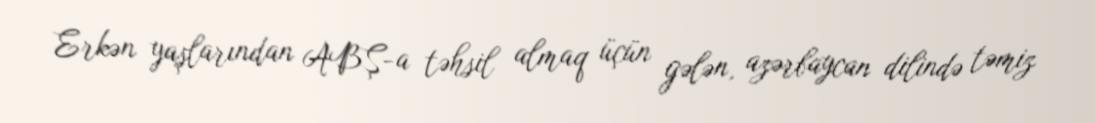
Erkən yaşlarından ABŞ-a təhsil almaq üçün gələn, azərbaycan dilində təmiz